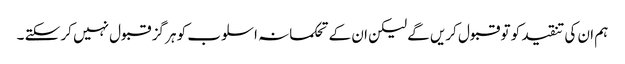
ہم ان کی تنقید کو تو قبول کریں گے لیکن ان کے تحکمانہ اسلوب کو ہر گز قبول نہیں کر سکتے ۔